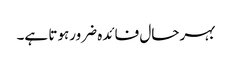
بہرحال فائدہ ضرورہوتا ہے۔